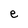
Character: e